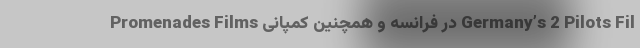
Promenades Films در فرانسه و همچنین کمپانی Germany’s 2 Pilots Fil